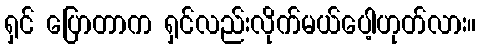
ရှင် ပြောတာက ရှင်လည်းလိုက်မယ်ပေါ့ဟုတ်လား။